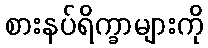
စားနပ်ရိက္ခာများကို